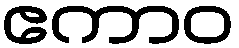
ဧကာဝ